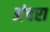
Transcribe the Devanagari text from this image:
अंबरा